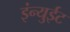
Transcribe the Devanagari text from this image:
इंन्युईट